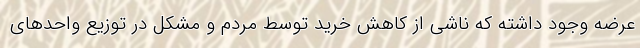
عرضه وجود داشته که ناشی از کاهش خرید توسط مردم و مشکل در توزیع واحدهای